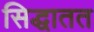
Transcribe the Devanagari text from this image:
सिद्धातत